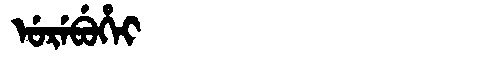
Manchu: ᡠᡵᡝᠪᡠᡥᡝᡳ
Romanization: UREBUHEI